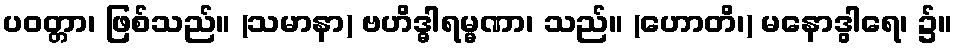
ပဝတ္တာ၊ ဖြစ်သည်။ (သမာနာ) ဗဟိဒ္ဓါရမ္မဏာ၊ သည်။ (ဟောတိ၊) မနောဒွါရေ၊ ၌။